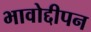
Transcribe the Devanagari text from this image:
भावोद्दीपन